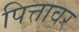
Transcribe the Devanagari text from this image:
पित्तावर